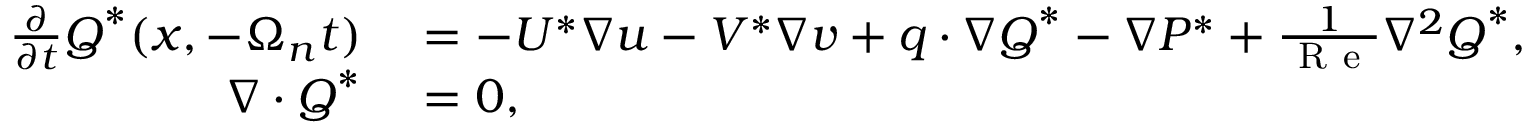
\begin{array} { r l } { \frac { \partial } { \partial t } \boldsymbol { Q } ^ { * } ( \boldsymbol { x } , - \Omega _ { n } t ) } & { { } = - U ^ { * } \nabla u - V ^ { * } \nabla v + \boldsymbol { q } \cdot \nabla \boldsymbol { Q } ^ { * } - \nabla P ^ { * } + \frac { 1 } { \mathrm { ~ R ~ e ~ } } \nabla ^ { 2 } \boldsymbol { Q } ^ { * } , } \\ { \nabla \cdot \boldsymbol { Q } ^ { * } } & { { } = 0 , } \end{array}